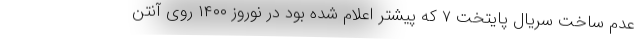
عدم ساخت سریال پایتخت ۷ که پیشتر اعلام شده بود در نوروز ۱۴۰۰ روی آنتن